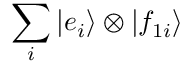
\sum _ { i } | e _ { i } \rangle \otimes | f _ { 1 i } \rangle